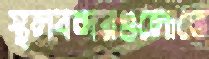
স্থলবন্দরগুলোতে